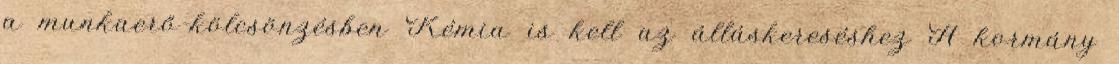
a munkaerő-kölcsönzésben Kémia is kell az álláskereséshez A kormány